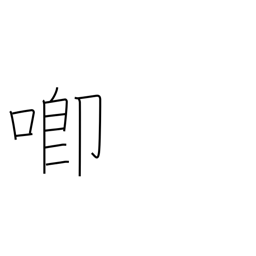
Meaning: speak resentfully